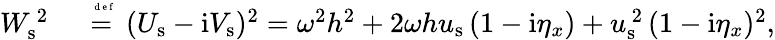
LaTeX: \begin{array}{rl}{{W}_{\mathrm{s}}^{\, 2}}&{{}\stackrel{\mathrm{~\tiny~{~d~e~f~}~}}{=}({U}_{\mathrm{s}}-\mathrm{i}{V}_{\mathrm{s}})^{2}=\omega^{2}h^{2}+2\omega h{u}_{\mathrm{s}}\, (1-\mathrm{i}\eta_{x})+{u}_{\mathrm{s}}^{\, 2}\, (1-\mathrm{i}\eta_{x})^{2},}\end{array}